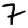
Digit: 7